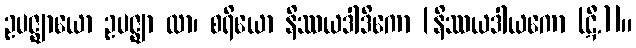
ဥပဇ္ဈာယော ဥပဇ္ဈာ ထာ၊ စရိယော နိဿယဒါဒိကော [နိဿယဒါယကော (ဋီ.)]။